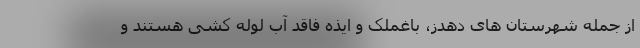
از جمله شهرستان های دهدز‌، باغملک و ایذه‌ فاقد آب لوله کشی هستند و